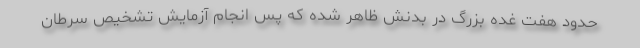
حدود هفت غده بزرگ در بدنش ظاهر شده که پس انجام آزمایش تشخیص سرطان